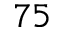
7 5